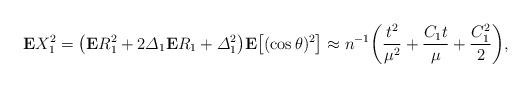
LaTeX: \begin{align*}{\bf E}X_1^2= \bigl({\bf E}R_1^2+2\varDelta_1 {\bf E}R_1+\varDelta_1^2\bigr){\bf E}\bigl[(\cos\theta)^2\bigr]\approx n^{-1}\biggl(\frac{t^2}{\mu^2}+\frac{C_1t}{\mu}+\frac{C_1^2}{2} \biggr), \end{align*}